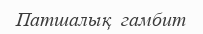
Патшалық  гамбит